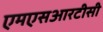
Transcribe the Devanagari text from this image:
एमएसआरटीसी